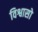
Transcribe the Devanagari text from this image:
विश्वासो